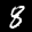
Label: 8